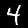
Label: 4